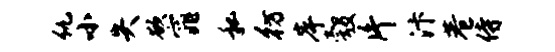
仇小失欲窕私彷岸彀片汴巷侍